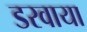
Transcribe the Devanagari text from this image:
डरवाया